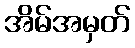
အိမ်အမှတ်